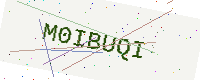
Text: M0IBUQI